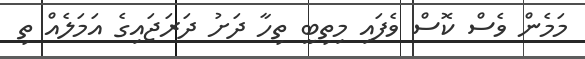
މަމެން ވެސް ކޮސް ވެފައި މިތިބީ ތިހާ ދަށު ދަރަޖައިގެ އަމަލެއް ތި